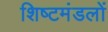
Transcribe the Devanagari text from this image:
शिष्‍टमंडलों